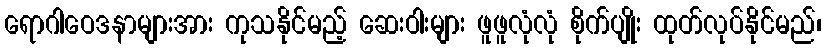
ရောဂါဝေဒနာများအား ကုသနိုင်မည့် ဆေးဝါးများ ဖူဖူလုံလုံ စိုက်ပျိုး ထုတ်လုပ်နိုင်မည်၊